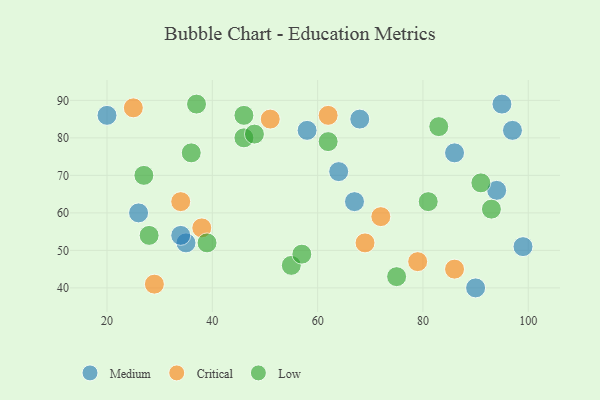
{"axis": {"x": "GDP", "y": "Life Expectancy"}, "legend": ["Critical", "Low", "Medium"], "data": [{"x": "58", "y": 82, "type": "Medium"}, {"x": "64", "y": 71, "type": "Medium"}, {"x": "68", "y": 85, "type": "Medium"}, {"x": "97", "y": 82, "type": "Medium"}, {"x": "95", "y": 89, "type": "Medium"}, {"x": "20", "y": 86, "type": "Medium"}, {"x": "26", "y": 60, "type": "Medium"}, {"x": "35", "y": 52, "type": "Medium"}, {"x": "34", "y": 54, "type": "Medium"}, {"x": "67", "y": 63, "type": "Medium"}, {"x": "94", "y": 66, "type": "Medium"}, {"x": "86", "y": 76, "type": "Medium"}, {"x": "90", "y": 40, "type": "Medium"}, {"x": "99", "y": 51, "type": "Medium"}, {"x": "34", "y": 63, "type": "Critical"}, {"x": "79", "y": 47, "type": "Critical"}, {"x": "38", "y": 56, "type": "Critical"}, {"x": "25", "y": 88, "type": "Critical"}, {"x": "29", "y": 41, "type": "Critical"}, {"x": "62", "y": 86, "type": "Critical"}, {"x": "69", "y": 52, "type": "Critical"}, {"x": "86", "y": 45, "type": "Critical"}, {"x": "51", "y": 85, "type": "Critical"}, {"x": "72", "y": 59, "type": "Critical"}, {"x": "55", "y": 46, "type": "Low"}, {"x": "46", "y": 80, "type": "Low"}, {"x": "62", "y": 79, "type": "Low"}, {"x": "81", "y": 63, "type": "Low"}, {"x": "48", "y": 81, "type": "Low"}, {"x": "28", "y": 54, "type": "Low"}, {"x": "36", "y": 76, "type": "Low"}, {"x": "57", "y": 49, "type": "Low"}, {"x": "91", "y": 68, "type": "Low"}, {"x": "75", "y": 43, "type": "Low"}, {"x": "27", "y": 70, "type": "Low"}, {"x": "93", "y": 61, "type": "Low"}, {"x": "37", "y": 89, "type": "Low"}, {"x": "83", "y": 83, "type": "Low"}, {"x": "39", "y": 52, "type": "Low"}, {"x": "46", "y": 86, "type": "Low"}]}